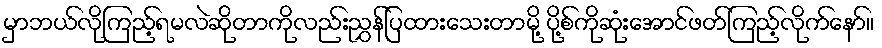
မှာဘယ်လိုကြည့်ရမလဲဆိုတာကိုလည်းညွှန်ပြထားသေးတာမို့ ပို့စ်ကိုဆုံးအောင်ဖတ်ကြည့်လိုက်နော်။